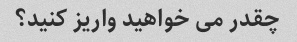
چقدر می خواهید واریز کنید؟